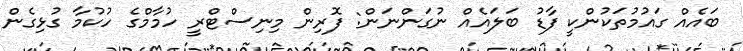
ބައެއް ގައުމުތަކުންކީ ފާޑު ބަލައެއް ނުގަންނަން: ފޮރިން މިނިސްޓްރީ ހުމާމްގެ ހުކުމާ ގުޅިގެން